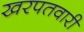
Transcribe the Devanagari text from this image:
खरपतवारी